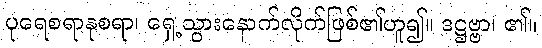
ပုရေစရာနုစရာ၊ ရှေ့သွားနောက်လိုက်ဖြစ်၏ဟူ၍။ ဒဋ္ဌဗ္ဗာ၊ ၏။